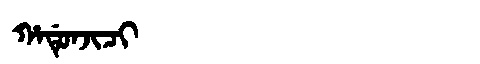
Manchu: ᡥᠠᡩᡠᠨᠵᡳᠴᡳ
Romanization: HADUNJICI